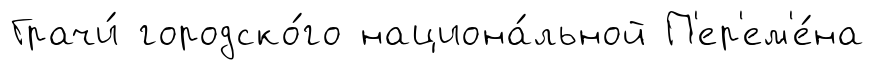
Грачи́ городско́го национа́льной П'ер'ем'е́на